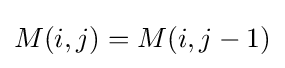
M(i,j)=M(i,j-1)